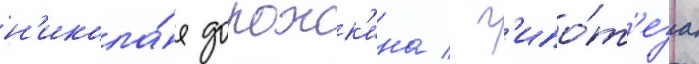
н'икола́я дорожк'ина / г'ипо́т'еза